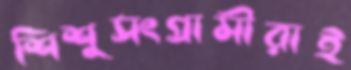
শিশুসংগ্রামীরাই